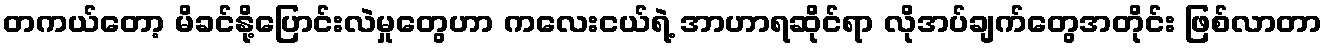
တကယ်တော့ မိခင်နို့ပြောင်းလဲမှုတွေဟာ ကလေးငယ်ရဲ့ အာဟာရဆိုင်ရာ လိုအပ်ချက်တွေအတိုင်း ဖြစ်လာတာ